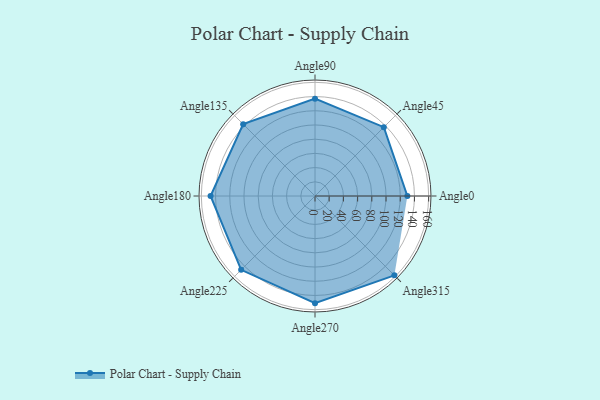
{"axis": {"x": "Angle", "y": "Radius"}, "legend": [""], "data": [{"x": "Angle0", "y": 130.0, "type": ""}, {"x": "Angle45", "y": 137.0, "type": ""}, {"x": "Angle90", "y": 137.0, "type": ""}, {"x": "Angle135", "y": 143.0, "type": ""}, {"x": "Angle180", "y": 147.0, "type": ""}, {"x": "Angle225", "y": 147.0, "type": ""}, {"x": "Angle270", "y": 151.0, "type": ""}, {"x": "Angle315", "y": 158.0, "type": ""}]}